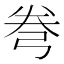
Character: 弮